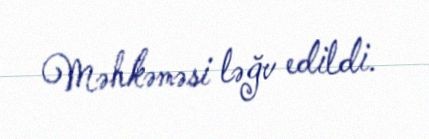
Məhkəməsi ləğv edildi.